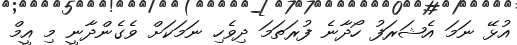
އުޅޭ ނަމަ އެޝަރަފު ހޯދާނެ ފުރަތަމަ ދިވެހި ނަމަކަށް ވެގެންދާނީ މި އީމް